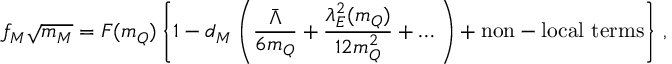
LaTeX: f _ { M } \sqrt { m _ { M } } = F ( m _ { Q } ) \left\{ 1 - d _ { M } \left( \frac { \bar { \Lambda } } { 6 m _ { Q } } + \frac { \lambda _ { E } ^ { 2 } ( m _ { Q } ) } { 1 2 m _ { Q } ^ { 2 } } + \dots \right) + \mathrm { n o n - l o c a l ~ t e r m s } \right\} \, ,